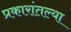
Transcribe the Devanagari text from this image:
प्रकारांतल्या